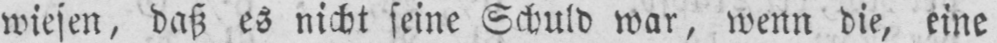
wiesen, daß es nicht seine Schuld war, wenn die, eine